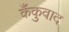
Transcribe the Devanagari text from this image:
कँकुवाद